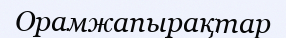
Орамжапырақтар